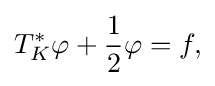
\displaystyle {T_{K}^{*}\varphi +{1 \over 2}\varphi =f,}